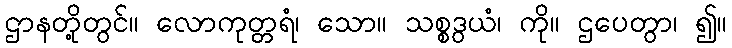
ဌာနတို့တွင်။ လောကုတ္တရံ၊ သော။ သစ္စဒွယံ၊ ကို။ ဌပေတွာ၊ ၍။